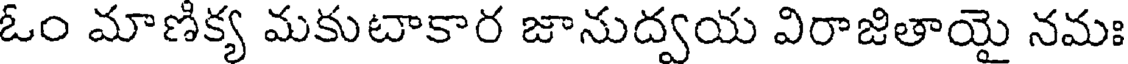
ఓం మాణిక్య మకుటాకార జానుద్వయ విరాజితాయై నమః